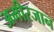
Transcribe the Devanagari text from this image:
अमीरजान